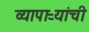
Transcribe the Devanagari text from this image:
व्यापाऱ्यांची